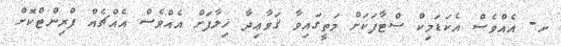
ށ- އެއްވެސް އެކަޑަމިކް ސްޓާފަކަށް މަތީގައިވާ ޤަވާޢިދާ ޚިލާފަށް އެއްވެސް އެއްޗެއް ޕްރިންޓްކޮށް